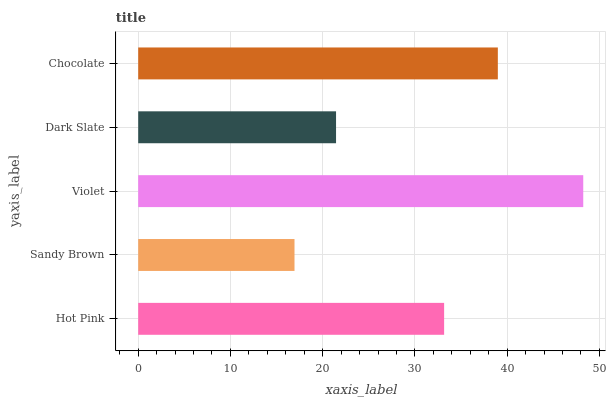
| yaxis_label | bars |
 | --- | --- |
 | Hot Pink | 33.2 |
 | Sandy Brown | 16.9 |
 | Violet | 48.2 |
 | Dark Slate | 21.4 |
 | Chocolate | 39 |